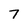
Character: 7